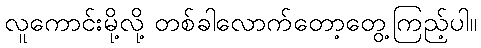
လူကောင်းမို့လို့ တစ်ခါလောက်တော့တွေ့ကြည့်ပါ။